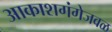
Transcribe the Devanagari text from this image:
आकाशगंगेजवळ